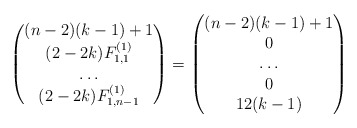
\begin{align*}\begin{pmatrix} (n-2)(k-1)+1\\ (2-2k) F_{1,1}^{(1)} \\ \dots \\ (2-2k) F_{1,n-1}^{(1)} \end{pmatrix} =\begin{pmatrix} (n-2)(k-1)+1\\ 0 \\ \dots\\ 0 \\ 12(k-1) \end{pmatrix}\end{align*}